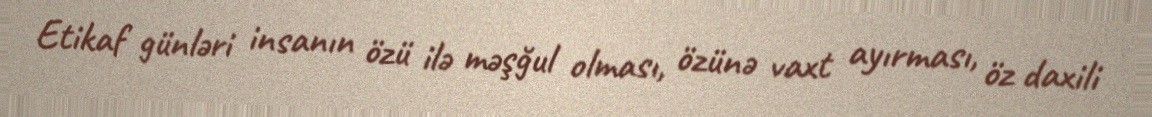
Etikaf günləri insanın özü ilə məşğul olması, özünə vaxt ayırması, öz daxili